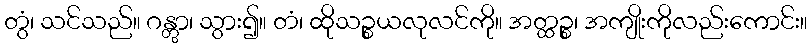
တွံ၊ သင်သည်။ ဂန္တွာ၊ သွား၍။ တံ၊ ထိုသဉ္စယလုလင်ကို။ အတ္ထဉ္စ၊ အကျိုးကိုလည်းကောင်း။